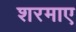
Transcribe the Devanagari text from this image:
शरमाए